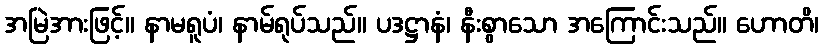
အမြဲအားဖြင့်။ နာမရူပံ၊ နာမ်ရုပ်သည်။ ပဒဋ္ဌာနံ၊ နီးစွာသော အကြောင်းသည်။ ဟောတိ၊